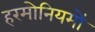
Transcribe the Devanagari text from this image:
हरमोनियमों